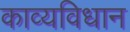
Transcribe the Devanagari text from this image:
काव्यविधान